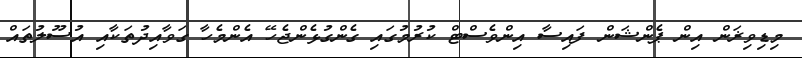
މިޑިވިޜަން އިން ޕެންޝަން ފައިސާ އިންވެސްޓް ކުރުމުގައި ގެންގުޅެންޖެހޭ އެންމެހާ ގަވާއިދުތަކާއި އުސޫލުތައް